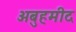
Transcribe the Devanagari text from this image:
अबुहमीद